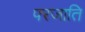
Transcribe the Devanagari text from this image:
परजाति